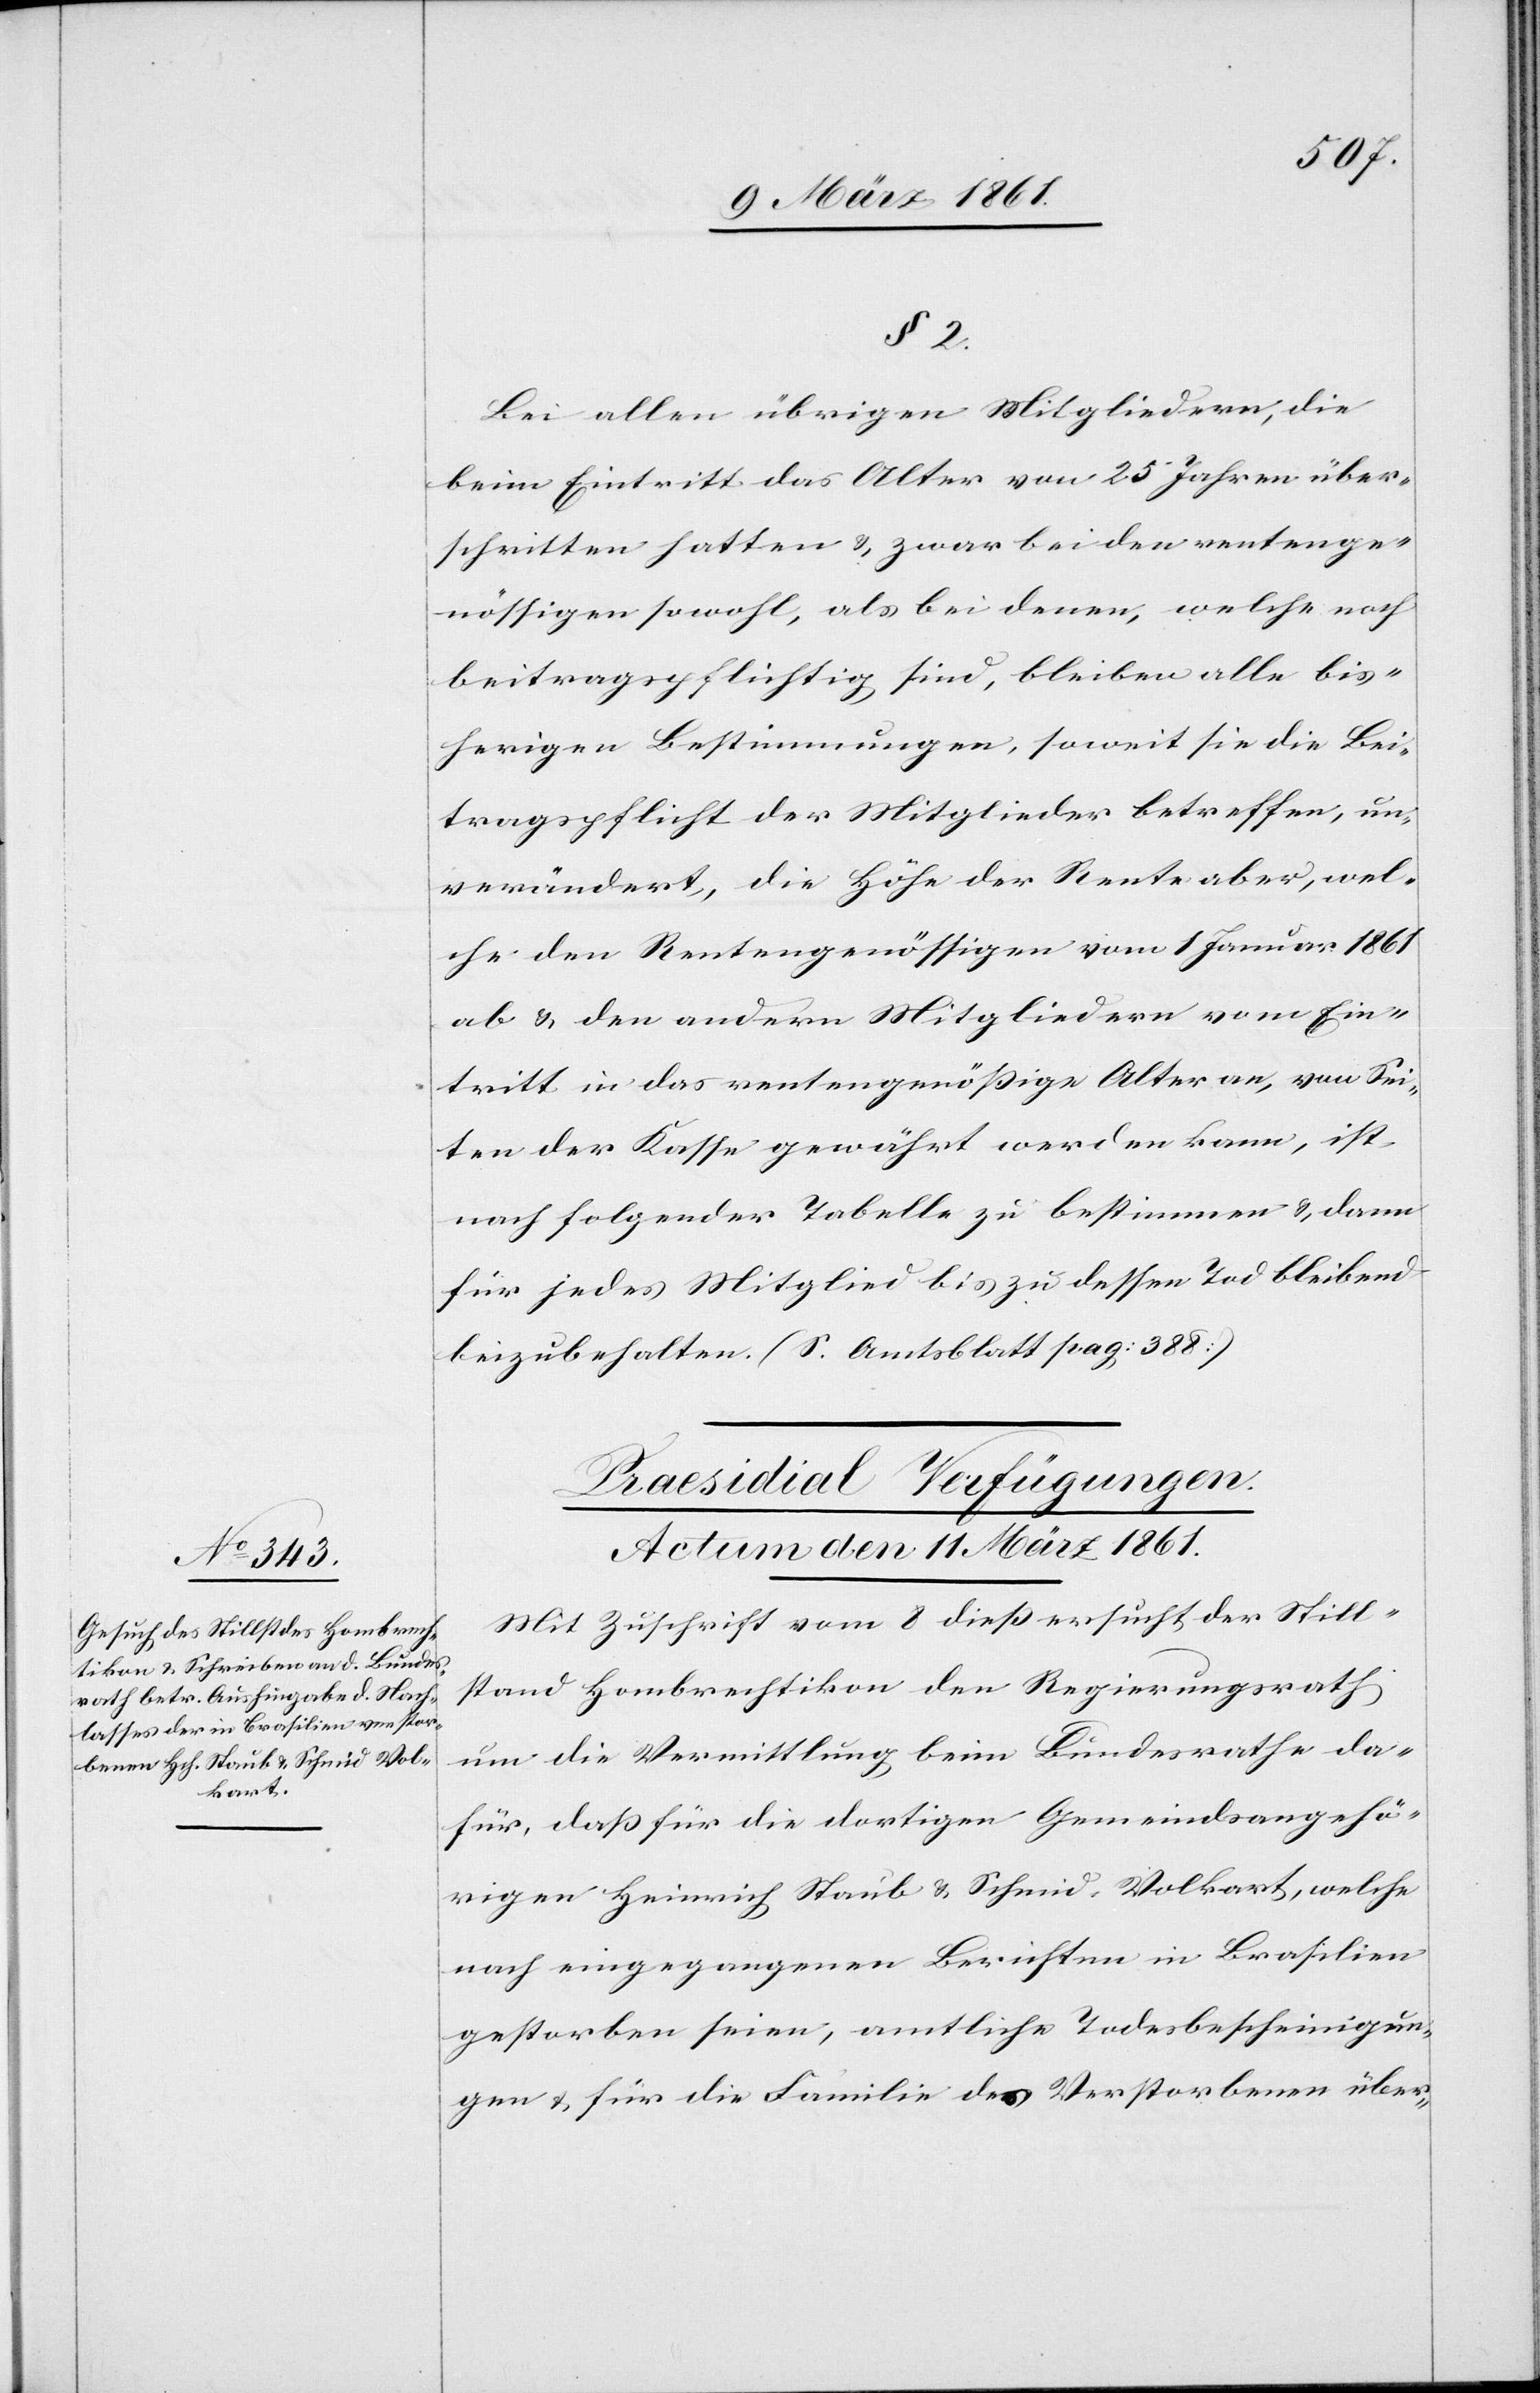
§. 2
Bei allen übrigen Mitgliedern, die
beim Eintritt das Alter von 25 Jahren über¬
schritten hatten u. zwar bei den rentenge¬
nössigen sowohl, als bei denen, welche noch
beitragspflichtig sind, bleiben alle bis¬
herigen Bestimmungen, soweit sie die Bei¬
tragspflicht der Mitglieder betreffen, un¬
verändert, die Höhe der Rente aber, wel¬
che den Rentengenössigen vom 1. Januar 1861
ab u. den andern Mitgliedern vom Ein¬
tritt in das rentengenössige Alter an, von Sei¬
ten der Kasse gewährt werden kann, ist
nach folgender Tabelle zu bestimmen u. dann
für jedes Mitglied bis zu dessen Tod bleibend
beizubehalten. (s. Amtsblatt pag: 388.)
Praesidial Verfügungen.
Actum den 11. März 1861.
Mit Zuschrift vom 8 dieß ersucht der Still¬
stand Hombrechtikon den Regierungsrath
um die Vermittlung beim Bundesrathe da¬
für, daß die dortigen Gemeindsangehö¬
rigen Heinrich Staub u. Schmid, Volkart, welche
nach eingegangenen Berichten in Brasilien
gestorben seien, amtliche Todesbescheinigun¬
gen u. für die Familie des Verstorbenen über-